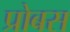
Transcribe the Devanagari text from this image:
प्रोबस